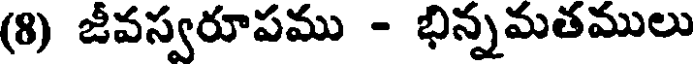
(8) జీవస్వరూపము - భిన్నమతములు